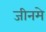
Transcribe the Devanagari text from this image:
जीनमे